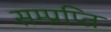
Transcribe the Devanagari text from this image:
सम्प्रप्ति